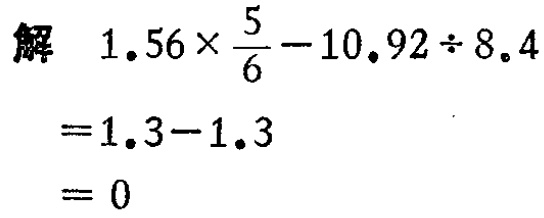
解

\[

\begin{align*}

&1.56\times\frac{5}{6} - 10.92\div8.4\\

=&1.3 - 1.3\\

=&0

\end{align*}

\]